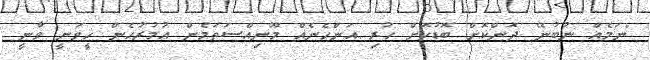
"ނަމެއް ނުބުނޭ ދޮންކޮށް ބޮޑުކޮށް ހުރި އަންހެނެއް މޫނިއްސަތަމެން އުމުރުހެން ހީވަނީ ވާނީ